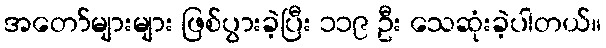
အတော်များများ ဖြစ်ပွားခဲ့ပြီး ၁၁၉ ဦး သေဆုံးခဲ့ပါတယ်။